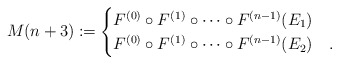
\begin{align*}M(n+3) \coloneqq \begin{cases} F^{(0)}\circ F^{(1)} \circ \cdots \circ F^{(n-1)} (E_1) &\\F^{(0)}\circ F^{(1)} \circ \cdots \circ F^{(n-1)} (E_2) &.\end{cases}\end{align*}